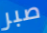
صبر